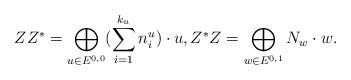
LaTeX: \begin{align*}ZZ^* = \bigoplus _{u\in E^{0,0}} (\sum _{i=1}^{k_u} n_i^u) \cdot u , Z^*Z = \bigoplus_{w\in E^{0,1}} N_w \cdot w .\end{align*}